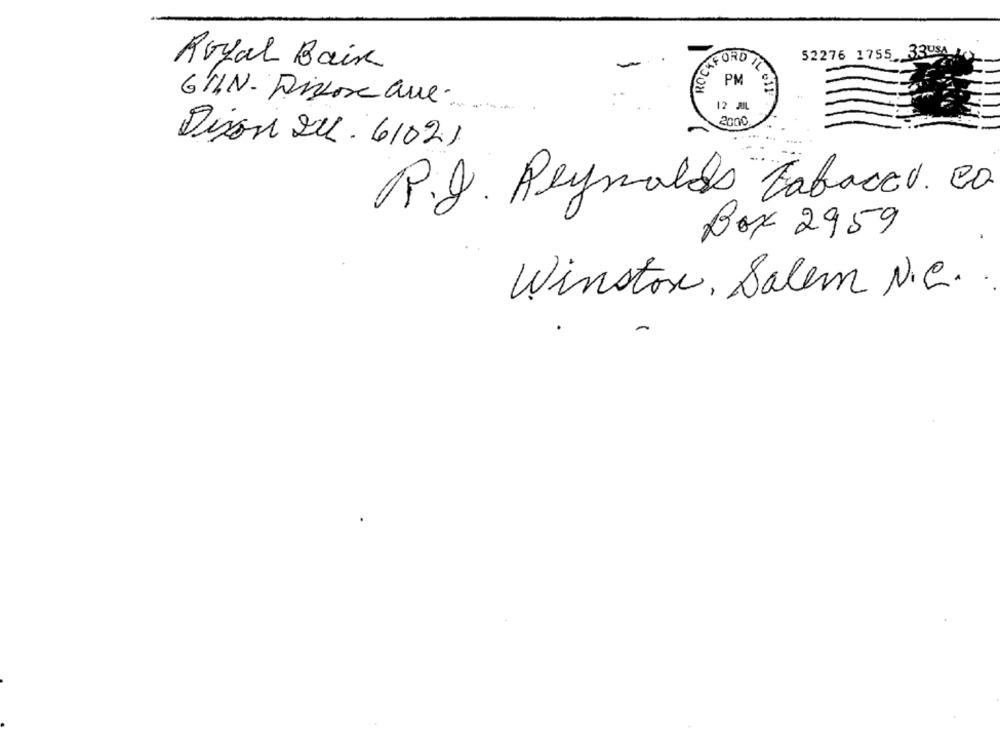
52276 1755 33USA
Royal Baix
AFORD IL
PM
GUIN - Dissore ave.
12 JUL
2000
Dijon 21. 61021
P.J. Reynolds Tabacco. Co
Box 2959
Winston Salem N.C.